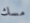
مسك